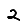
Digit: 2